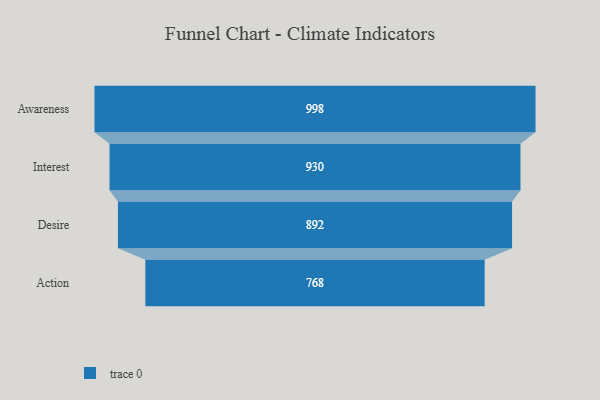
{"axis": {"x": "Stage", "y": "Value"}, "legend": [""], "data": [{"x": "Awareness", "y": 998.0, "type": ""}, {"x": "Interest", "y": 930.0, "type": ""}, {"x": "Desire", "y": 892.0, "type": ""}, {"x": "Action", "y": 768.0, "type": ""}]}